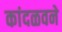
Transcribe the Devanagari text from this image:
कांदळवने